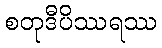
စတုဒီပိဿရဿ